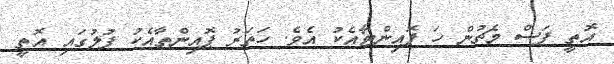
އޮތީ ފަސް މެޗުން ހަ ޕޮއިންޓާއެކު އެވެ. ހަތަރު ޕޮއިންތާއެކު ފުލުގައި އޮތީ